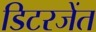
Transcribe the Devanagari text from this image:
डिटरजेंत